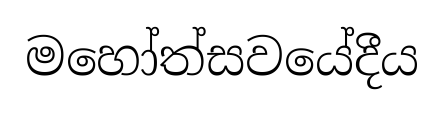
මහෝත්සවයේදීය